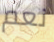
نعم